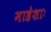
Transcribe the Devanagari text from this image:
माहेशाः